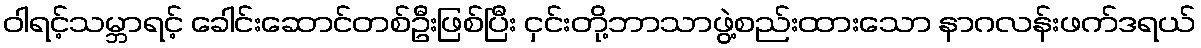
ဝါရင့်သမ္ဘာရင့် ခေါင်းဆောင်တစ်ဦးဖြစ်ပြီး ငှင်းတို့ဘာသာဖွဲ့စည်းထားသော နာဂလန်းဖက်ဒရယ်